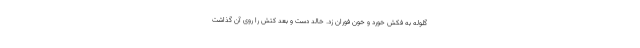
گلوله به فکش خورد و خون فوران زد. خالد دست و بعد کتش را روی آن گذاشت